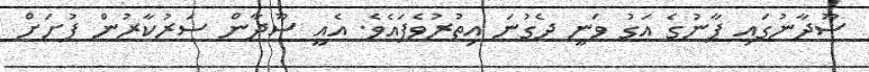
ސޫދާނުގައި ޕާނުގެ އަގު ވަނީ ދެގުނަ އިތުރުވެފައެވެ. އެއީ ސޫދާން ސަރުކާރުން ފުށަށް